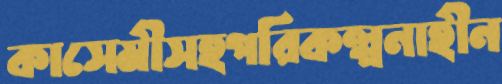
কাসেমীসহপরিকল্পনাহীন